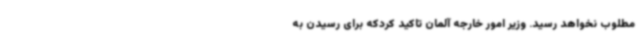
مطلوب نخواهد رسید. وزیر امور خارجه آلمان تاکید کردکه برای رسیدن به